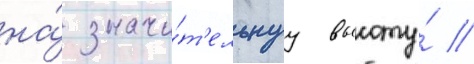
на́ значи́т'ельнуу высоту́ //